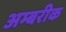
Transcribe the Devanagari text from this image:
अम्बरीक